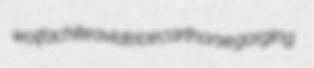
wolfachite aviatrice carthorse gorging